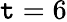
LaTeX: \mathtt{t}=6